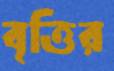
বৃত্তির